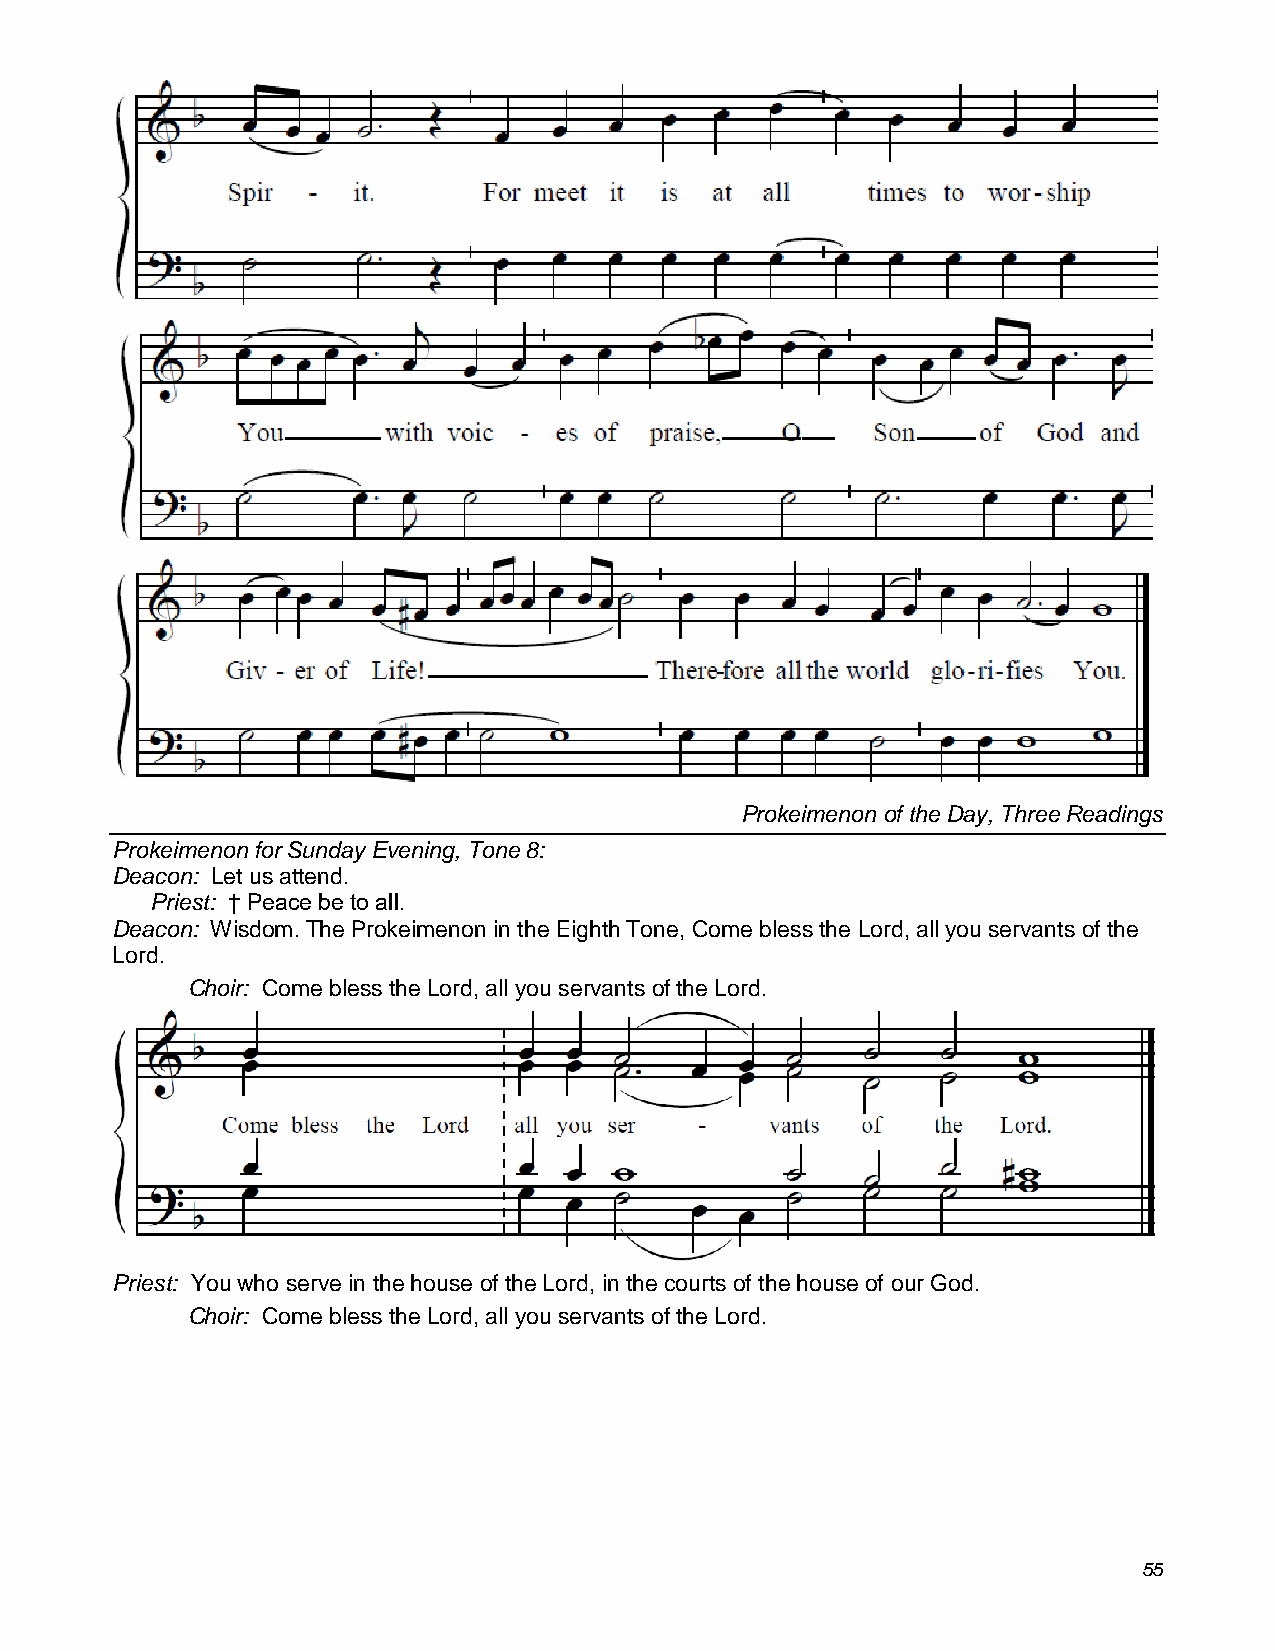
Prokeimenon of the Day, Three Readings
 Prokeimenon for Sunday Evening, Tone 8:
 Deacon: Let us attend.
 Priest: † Peace be to all.
 Deacon: Wisdom. The Prokeimenon in the Eighth Tone, Come bless the Lord, all you servants of the
 Lord.
 Choir: Come bless the Lord, all you servants of the Lord.
 Priest: You who serve in the house of the Lord, in the courts of the house of our God.
 Choir: Come bless the Lord, all you servants of the Lord.
 55